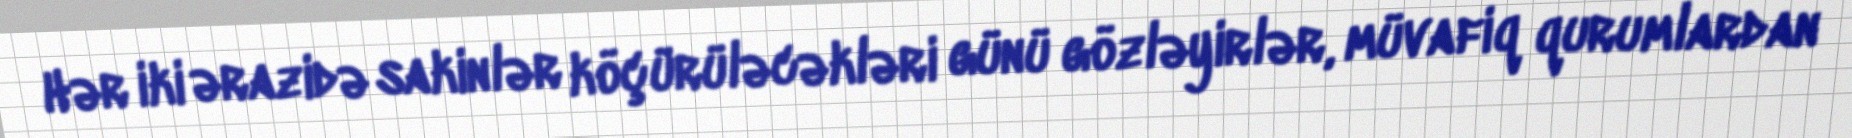
Hər iki ərazidə sakinlər köçürüləcəkləri günü gözləyirlər, müvafiq qurumlardan